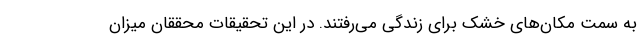
به سمت مکان‌های خشک برای زندگی می‌رفتند. در این تحقیقات محققان میزان